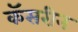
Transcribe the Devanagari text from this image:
कॅसरीन